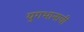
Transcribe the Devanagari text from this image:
युगभानाची